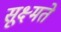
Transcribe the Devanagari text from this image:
सूक्ष्मते